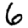
Digit: 6